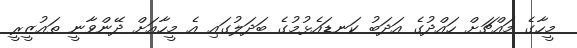
މީހާގެ މައްޗަށް ހައްދުގެ އަދަބު ކަނޑައެޅުމުގެ ބަދަލުގައި އެ މީހާއަށް ދޭންވާނީ ތައުޒީރީ